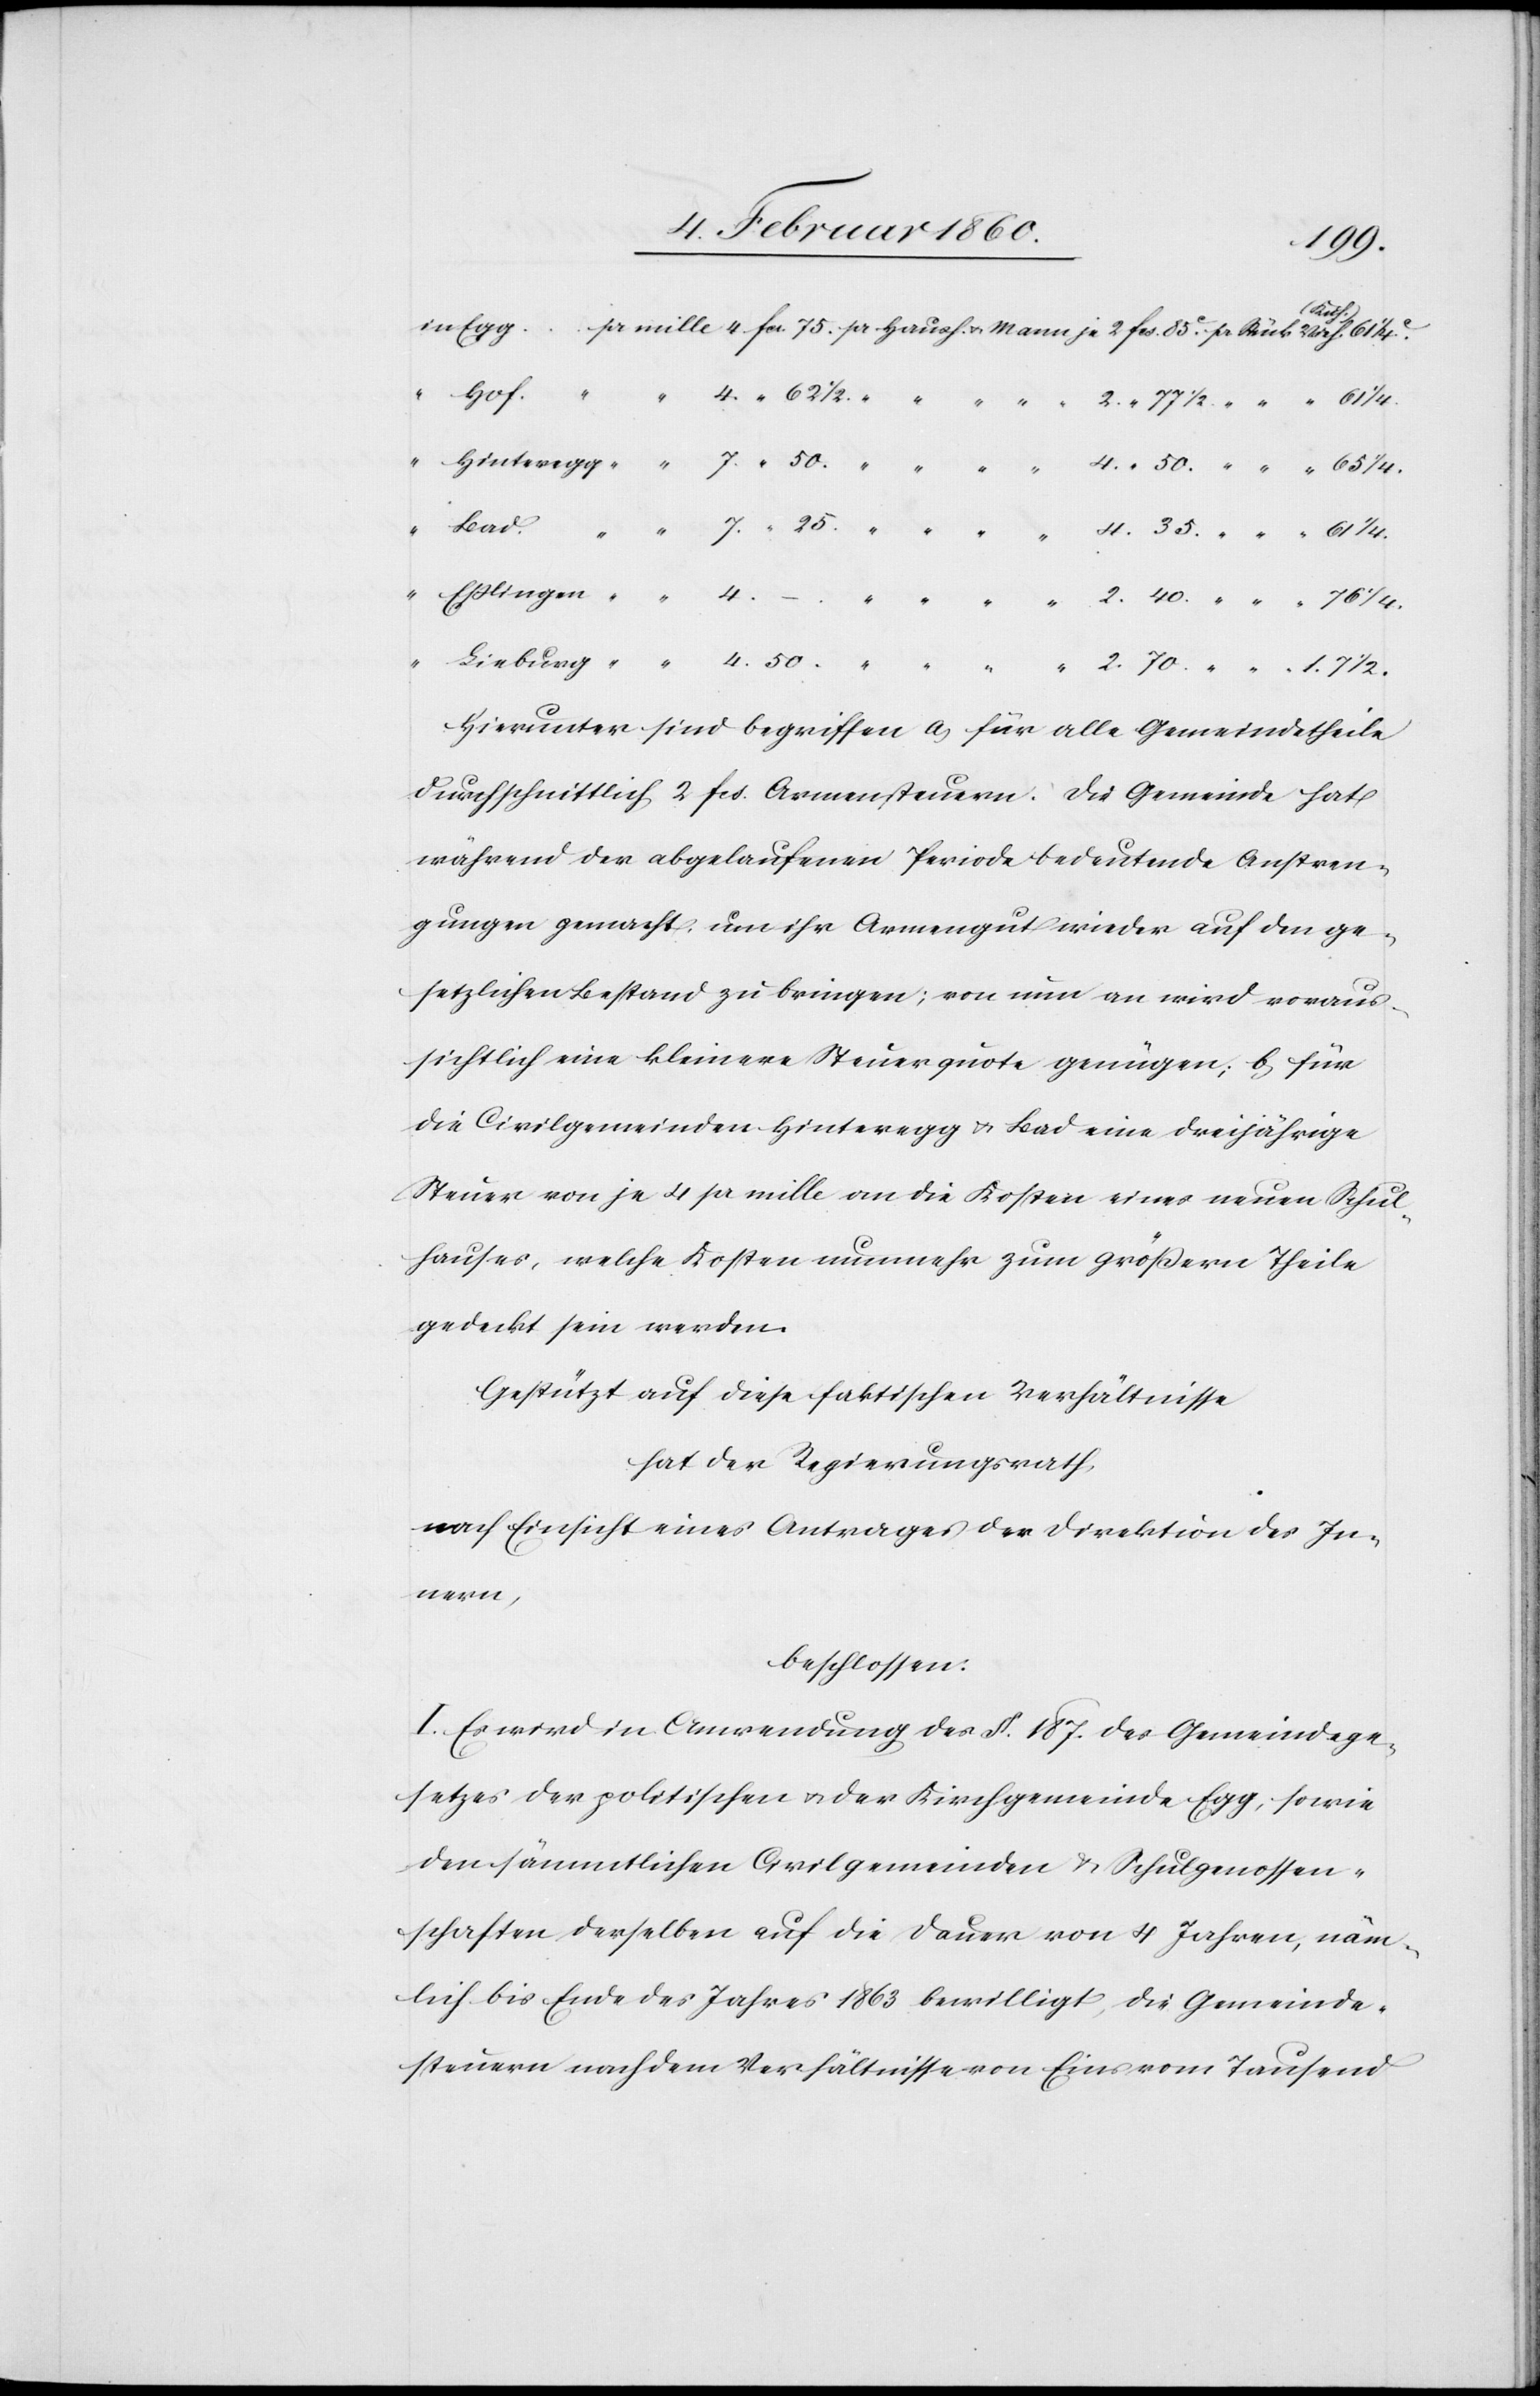
2.

70.
25.
Hierunter sind begriffen a. für alle Gemeindetheile
Durchschnittlich 2. fcs. Armensteuern. Die Gemeinde hat
während der abgelaufenen Periode bedeutende Anstren¬
gungen gemacht, um ihr Armengut wieder auf den ge¬
setzlichen Bestand zu bringen; von nun an wird voraus¬
sichtlich eine kleinere Steuerquote genügen; b. für
die Civilgemeinden Hinteregg u. Bad eine dreijährige
Steuer von je 4. pr. mille an die Kosten eines neuen Schul¬
hauses, welche Kosten nunmehr zum größern Theile
gedeckt sein werden.
Gestützt auf diese faktischen Verhältnisse
hat der Regierungsrath,
nach Einsicht eines Antrages der Direktion des In¬
nern,
beschlossen.
I. Es wird in Anwendung des §. 187. des Gemeindege¬
setzes der politischen u. der Kirchgemeinde Egg, sowie
den sämmtlichen Civilgemeinden u. Schulgenossen¬
schaften derselben auf die Dauer von 4 Jahren, näm¬
lich bis Ende des Jahres 1863. bewilligt, die Gemeinde¬
steuern nach dem Verhältnisse von Eins von Tausend